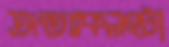
অন্তঃকলহটা